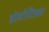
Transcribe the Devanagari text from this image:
डोमोटिक्स